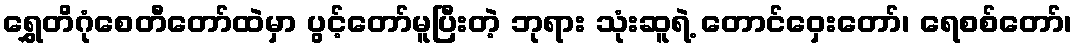
ရွှေတိဂုံစေတီတော်ထဲမှာ ပွင့်တော်မူပြီးတဲ့ ဘုရား သုံးဆူရဲ့ တောင်ဝှေးတော်၊ ရေစစ်တော်၊